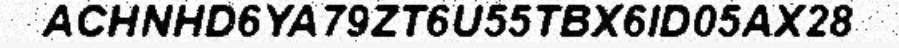
ACHNHD6YA79ZT6U55TBX6ID05AX28